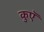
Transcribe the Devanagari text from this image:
कुएॅ